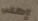
إطلب